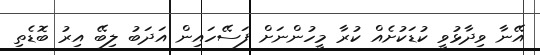
އޭނާ ވިދާޅުވީ ކުޑަކުށެއް ކުރާ މީހުންނަށް ފަސޭހައިން އަދަބު ލިބޭ އިރު ބޮޑެތި